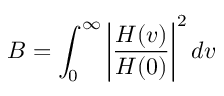
B = \int _ { 0 } ^ { \infty } \left| \frac { H ( v ) } { H ( 0 ) } \right| ^ { 2 } d v